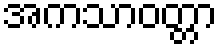
အကသာဝတ္တာ